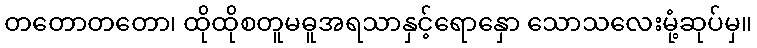
တတောတတော၊ ထိုထိုစတူမဓူအရသာနှင့်ရောနှော သောသလေးမုံ့ဆုပ်မှ။